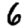
Digit: 6